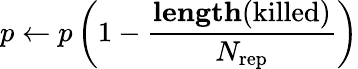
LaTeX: p\leftarrow p\left(1-\frac{\mathrm{\textbf{length}(\mathrm{killed})}}{N_{\mathrm{rep}}}\right)